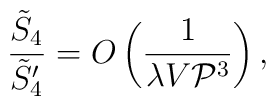
\frac{\tilde{S}_4}{\tilde{S}_4'} = O \left(\frac{1}{\lambda V {\cal P}^3} \right) ,